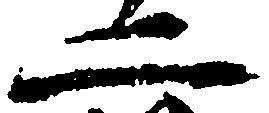
二